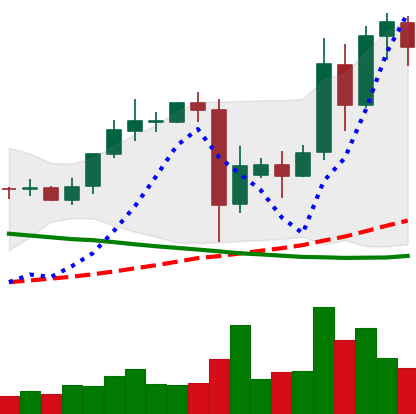
Ticker: TRX-USD
Chart end date: 2021-09-16
Forward return: -23.99%
Label: down_7plus